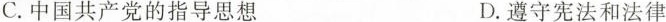
C.中国共产党的指导思想 D.遵守宪法和法律